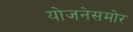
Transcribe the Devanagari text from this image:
योजनेसमोर